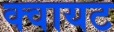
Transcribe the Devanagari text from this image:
क्वायट